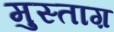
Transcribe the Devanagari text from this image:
मुस्ताग़